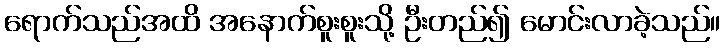
ရောက်သည်အထိ အနောက်စူးစူးသို့ ဦးတည်၍ မောင်းလာခဲ့သည်။